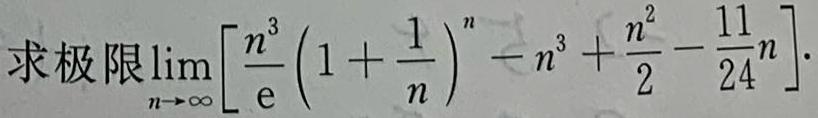
求极限$\lim_{n \to \infty} \left[\frac{n^{3}}{\mathrm{e}}\left(1 + \frac{1}{n}\right)^{n}-n^{3}+\frac{n^{2}}{2}-\frac{11}{24}n\right].$